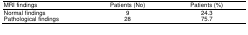
<table><thead><tr><td><b>MRI findings</b></td><td><b>Patients (No)</b></td><td><b>Patients (%)</b></td></tr></thead><tbody><tr><td>Normal findings</td><td>9</td><td>24.3</td></tr><tr><td>Pathological findings</td><td>28</td><td>75.7</td></tr></tbody></table>